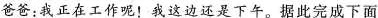
爸爸：我正在工作呢！我这边还是下午。据此完成下面